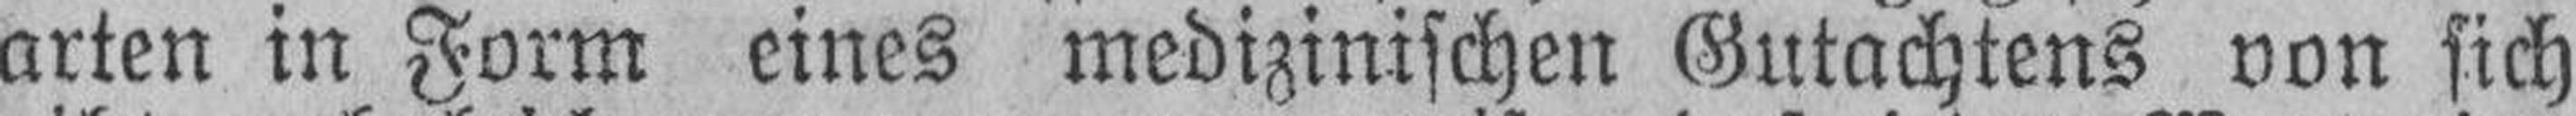
arten in Form eines medizinischen Gutachtens von sich